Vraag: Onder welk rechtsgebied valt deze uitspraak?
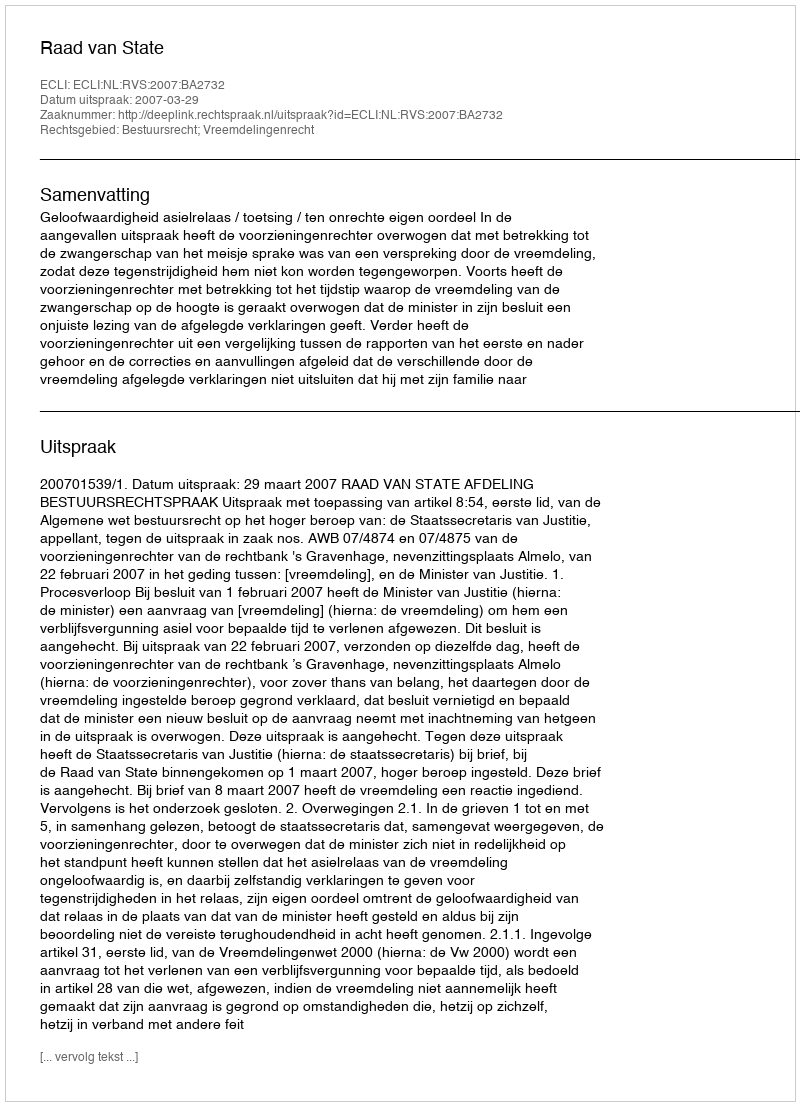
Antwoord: Bestuursrecht; Vreemdelingenrecht